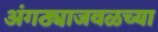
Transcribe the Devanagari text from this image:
अंगठ्याजवळच्या